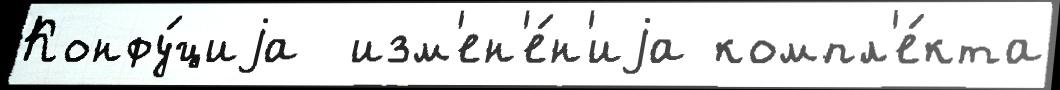
Конфу́циjа  изм'ен'е́н'иjа компл'е́кта